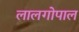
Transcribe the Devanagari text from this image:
लालगोपाल